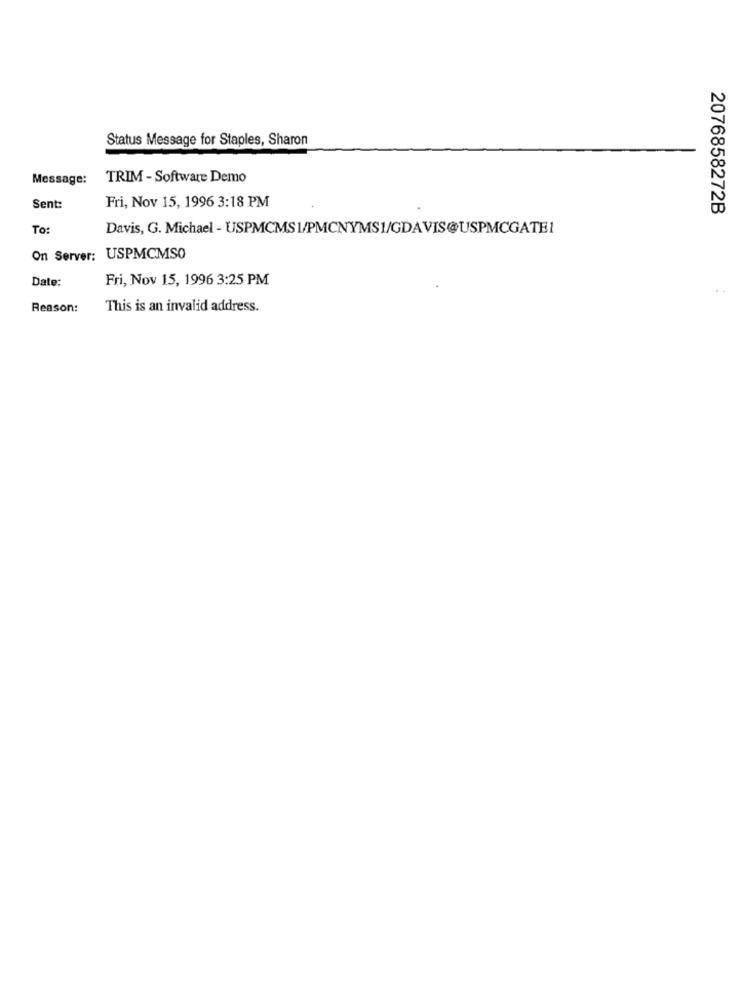
Status Message for Staples, Sharon
Message:
TRIM - Software Demo
Fri, Nov 15, 1996 3:18 PM
Sent:
2076858272B
To:
Davis, G. Michael - USPMCMS1/PMCNYMS1/GDAVIS@USPMCGATE1
On Server: USPMCMSO
Date:
Fri, Nov 15, 1996 3:25 PM
Reason:
This is an invalid address.